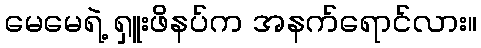
မေမေရဲ့ ရှူးဖိနပ်က အနက်ရောင်လား။